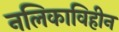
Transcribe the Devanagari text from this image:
नलिकाविहीन